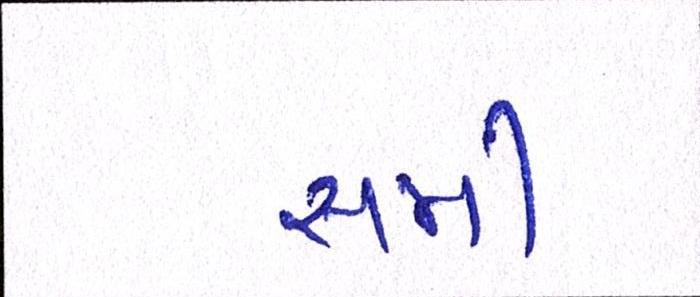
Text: સમી